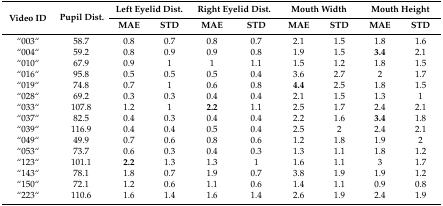
<table><thead><tr><td rowspan="2"><b>Video ID</b></td><td rowspan="2"><b>Pupil Dist.</b></td><td colspan="2"><b>Left Eyelid Dist.</b></td><td colspan="2"><b>Right Eyelid Dist.</b></td><td colspan="2"><b>Mouth Width</b></td><td colspan="2"><b>Mouth Height</b></td></tr><tr><td><b>MAE</b></td><td><b>STD</b></td><td><b>MAE</b></td><td><b>STD</b></td><td><b>MAE</b></td><td><b>STD</b></td><td><b>MAE</b></td><td><b>STD</b></td></tr></thead><tbody><tr><td>“003“</td><td>58.7</td><td>0.8</td><td>0.7</td><td>0.8</td><td>0.7</td><td>2.1</td><td>1.5</td><td>1.8</td><td>1.6</td></tr><tr><td>“004“</td><td>59.2</td><td>0.8</td><td>0.9</td><td>0.9</td><td>0.8</td><td>1.9</td><td>1.5</td><td><b>3.4</b></td><td>2.1</td></tr><tr><td>“010“</td><td>67.9</td><td>0.9</td><td>1</td><td>1</td><td>1.1</td><td>1.5</td><td>1.2</td><td>1.8</td><td>1.5</td></tr><tr><td>“016“</td><td>95.8</td><td>0.5</td><td>0.5</td><td>0.5</td><td>0.4</td><td>3.6</td><td>2.7</td><td>2</td><td>1.7</td></tr><tr><td>“019“</td><td>74.8</td><td>0.7</td><td>1</td><td>0.6</td><td>0.8</td><td><b>4.4</b></td><td>2.5</td><td>1.8</td><td>1.5</td></tr><tr><td>“028“</td><td>69.2</td><td>0.3</td><td>0.3</td><td>0.4</td><td>0.4</td><td>2.1</td><td>1.5</td><td>1.3</td><td>1</td></tr><tr><td>“033“</td><td>107.8</td><td>1.2</td><td>1</td><td><b>2.2</b></td><td>1.1</td><td>2.5</td><td>1.7</td><td>2.4</td><td>2.1</td></tr><tr><td>“037“</td><td>82.5</td><td>0.4</td><td>0.3</td><td>0.4</td><td>0.4</td><td>2.2</td><td>1.6</td><td><b>3.4</b></td><td>1.8</td></tr><tr><td>“039“</td><td>116.9</td><td>0.4</td><td>0.4</td><td>0.5</td><td>0.4</td><td>2.5</td><td>2</td><td>2.4</td><td>2.1</td></tr><tr><td>“049“</td><td>49.9</td><td>0.7</td><td>0.6</td><td>0.8</td><td>0.6</td><td>1.2</td><td>1.8</td><td>1.9</td><td>2</td></tr><tr><td>“053“</td><td>73.7</td><td>0.6</td><td>0.3</td><td>0.4</td><td>0.3</td><td>1.3</td><td>1.1</td><td>1.8</td><td>1.2</td></tr><tr><td>“123“</td><td>101.1</td><td><b>2.2</b></td><td>1.3</td><td>1.3</td><td>1</td><td>1.6</td><td>1.1</td><td>3</td><td>1.7</td></tr><tr><td>“143“</td><td>78.1</td><td>1.8</td><td>0.7</td><td>1.9</td><td>0.7</td><td>3.8</td><td>1.9</td><td>1.9</td><td>1.2</td></tr><tr><td>“150“</td><td>72.1</td><td>1.2</td><td>0.6</td><td>1.1</td><td>0.6</td><td>1.4</td><td>1.1</td><td>0.9</td><td>0.8</td></tr><tr><td>“223“</td><td>110.6</td><td>1.6</td><td>1.4</td><td>1.6</td><td>1.4</td><td>2.6</td><td>1.9</td><td>2.4</td><td>1.9</td></tr></tbody></table>